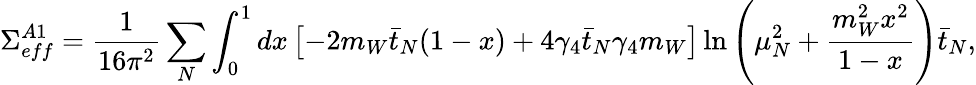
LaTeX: \Sigma_{eff}^{A1}=\frac{1}{16\pi^{2}}\sum_{N}\int_{0}^{1}dx\left[-2m_{W}\bar{t}_{N}(1-x)+4\gamma_{4}\bar{t}_{N}\gamma_{4}m_{W}\right]\ln\left(\mu_{N}^{2}+\frac{m_{W}^{2}x^{2}}{1-x}\right)\bar{t}_{N},